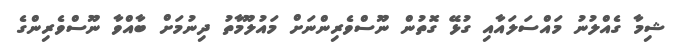
ޝިމާ ގެއްލުނު މައްސަލައާއި ގުޅޭ ގޮތުން ނޫސްވެރިންނަށް މައުލޫމާތު ދިނުމަށް ބާއްވާ ނޫސްވެރިންގެ